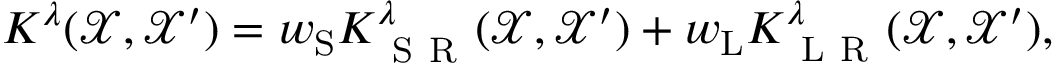
\boldsymbol { K } ^ { \lambda } ( \mathcal { X } , \mathcal { X } ^ { \prime } ) = w _ { \mathrm { S } } \boldsymbol { K } _ { \mathrm { ~ S ~ R ~ } } ^ { \lambda } ( \mathcal { X } , \mathcal { X } ^ { \prime } ) + w _ { \mathrm { L } } \boldsymbol { K } _ { \mathrm { ~ L ~ R ~ } } ^ { \lambda } ( \mathcal { X } , \mathcal { X } ^ { \prime } ) ,